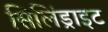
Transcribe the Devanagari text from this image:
सिलिंड्राइट